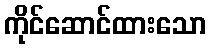
ကိုင်ဆောင်ထားသော